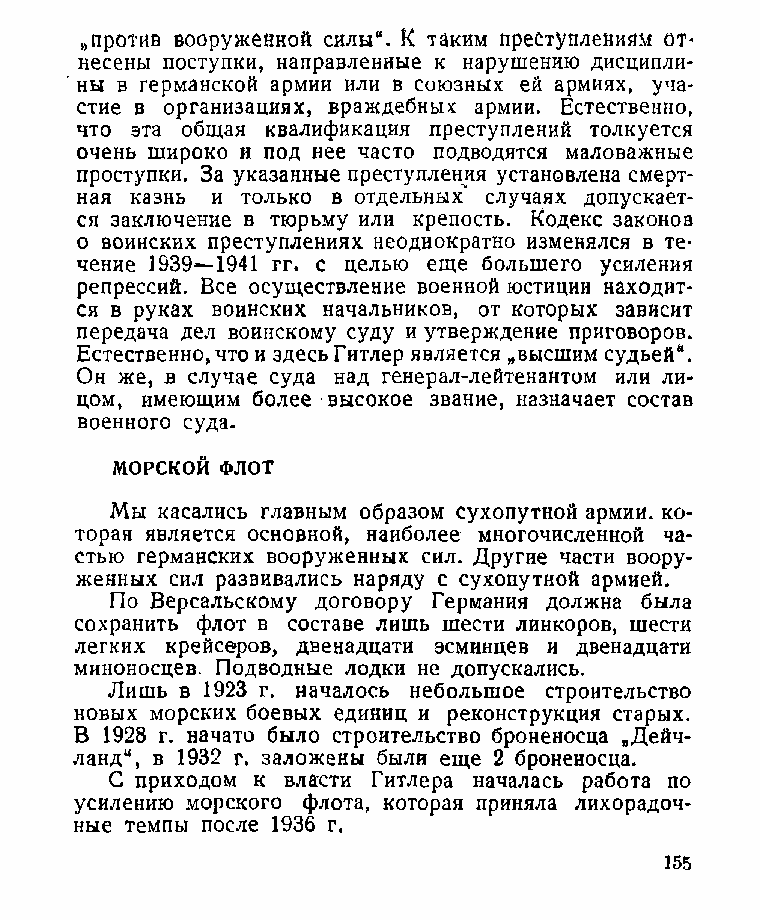
„против вооруженной силы“. К таким преступлениям от«
 несены поступки, направленные к нарушению дисципли­
 ны в германской армии или в союзных ей армиях, уча­
 стие в организациях, враждебных армии. Естественно,
 что эта общая квалификация преступлений толкуется
 очень широко и под нее часто подводятся маловажные
 проступки. За указанные преступления установлена смерт­
 ная казнь и только в отдельных* случаях допускает­
 ся заключение в тюрьму или крепость. Кодекс законов
 о воинских преступлениях неоднократно изменялся в те­
 чение 1939^-1941 гг. с целью еще большего усиления
 репрессий. Все осуществление военной юстиции находит­
 ся в руках воинских начальников, от которых зависит
 передача дел воинскому суду и утверждение приговоров.
 Естественно, что и здесь Гитлер является „высшим судьей“.
 Он же, в случае суда над генерал-лейтенантом или ли­
 цом, имеющим более высокое звание, назначает состав
 военного суда.
 МОРСКОЙ ФЛОТ
 Мы касались главным образом сухопутной армии, ко­
 торая является основной, наиболее многочисленной ча­
 стью германских вооруженных сил. Другие части воору­
 женных сил развивались наряду с сухопутной армией.
 По Версальскому договору Германия должна была
 сохранить флот в составе лишь шести линкоров, шести
 легких крейсеров, двенадцати эсминцев и двенадцати
 миноносцев. Подводные лодки не допускались.
 Лишь в 1923 г. началось небольшое строительство
 новых морских боевых единиц и реконструкция старых.
 В 1928 г. начато было строительство броненосца „Дейч-
 ланд“, в 1932 г. заложены были еще 2 броненосца.
 С приходом к власти Гитлера началась работа по
 усилению морского флота, которая приняла лихорадоч­
 ные темпы после 1936 г.
 155